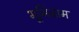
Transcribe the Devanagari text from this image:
भूमिजाम